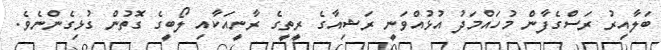
ބަލާއިރު ރަސްގެފާން މުހައްމަދު އުޅުއްވަނީ ރަޝިއާގެ ރީތީގެ ރާނީއަކާއި ލޯބީގެ ގޮތުން ގުޅިގެންނެވެ.